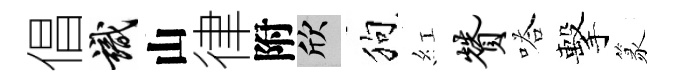
倡識山律附欣狗紅赞嗒擊篆